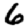
Digit: 6